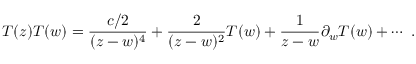
T ( z ) T ( w ) = \frac { { c } / { 2 } } { ( z - w ) ^ { 4 } } + \frac { 2 } { ( z - w ) ^ { 2 } } T ( w ) + \frac { 1 } { z - w } \partial _ { w } T ( w ) + \cdots ~ .